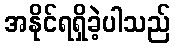
အနိုင်ရရှိခဲ့ပါသည်